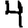
Digit: 4